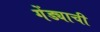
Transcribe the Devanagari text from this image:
गेंड्याची